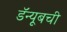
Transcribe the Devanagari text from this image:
डॅन्यूबची